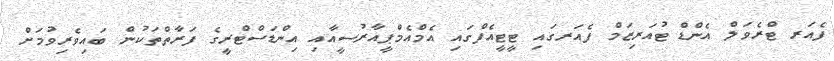
ފެއަރ ޓްރެވަލް އެންޑް ޓުއަރިޒަމް ފެއަރގައި ޓީޓީއެފްގައި އެމްއެމްޕީއާރުސީއާއި އިންޑަސްޓްރީގެ ފަރާތްތަކުން ބައިވެރިވުމަށް